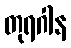
တုရဂါန